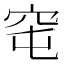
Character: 窀